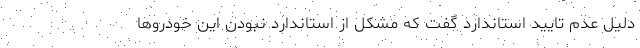
دلیل عدم تایید استاندارد گفت که مشکل از استاندارد نبودن این خودروها